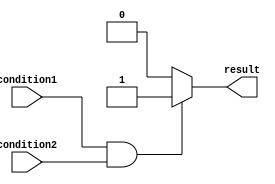
module conditional_logic(
    input wire condition1,
    input wire condition2,
    output reg result
);

always @* begin
    if (condition1 && condition2) begin
        result <= 1'b1; // Both conditions are true
    end
    else begin
        result <= 1'b0; // At least one condition is false
    end
end

endmodule